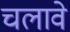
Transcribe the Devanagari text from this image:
चलावे